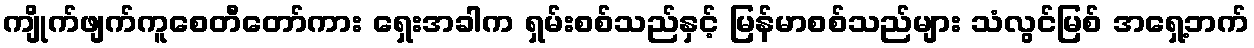
ကျိုက်ဖျက်ကူစေတီတော်ကား ရှေးအခါက ရှမ်းစစ်သည်နှင့် မြန်မာစစ်သည်များ သံလွင်မြစ် အရှေ့ဘက်